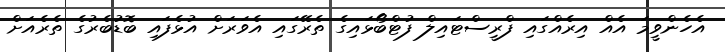
އެހެންވީމަ އެއް އިރެއްގައި ފްރީސްޓައިލް ފުޓްބޯޅައިގެ ތެރޭގައި އެވަރަށް އުޅެފައި ބޮޑުބެރުގެ ތެރެއަށް